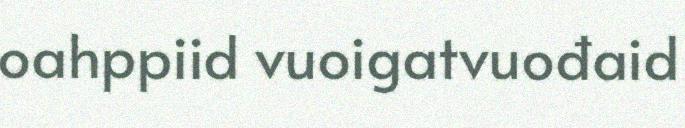
oahppiid vuoigatvuođaid